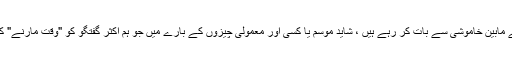
وہ ایک دوسرے کے مابین خاموشی سے بات کر رہے ہیں ، شاید موسم یا کسی اور معمولی چیزوں کے بارے میں جو ہم اکثر گفتگو کو "وقت مارنے" کے لئے بھرتے ہیں۔